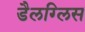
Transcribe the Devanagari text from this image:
डैलग्लिस